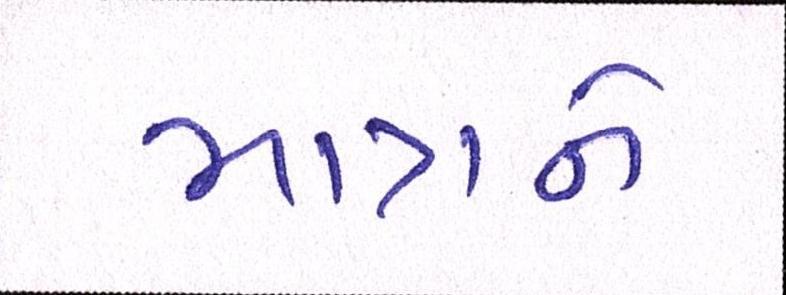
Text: માત્રને